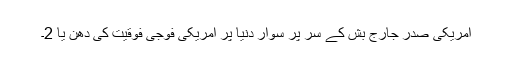
امریکی صدر جارج بش کے سر پر سوار دنیا پر امریکی فوجی فوقیت کی دھن یا 2۔